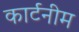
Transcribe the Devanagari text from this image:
कार्टनीम